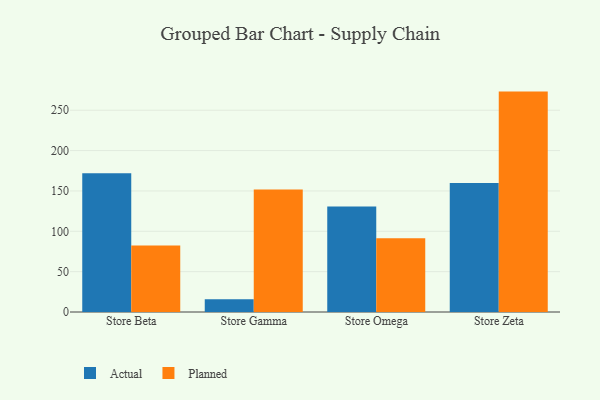
{"axis": {"x": "Store", "y": "Humidity (%)"}, "legend": ["Actual", "Planned"], "data": [{"x": "Store Beta", "y": 171.9, "type": "Actual"}, {"x": "Store Beta", "y": 82.5, "type": "Planned"}, {"x": "Store Gamma", "y": 15.9, "type": "Actual"}, {"x": "Store Gamma", "y": 151.9, "type": "Planned"}, {"x": "Store Omega", "y": 130.7, "type": "Actual"}, {"x": "Store Omega", "y": 91.5, "type": "Planned"}, {"x": "Store Zeta", "y": 159.8, "type": "Actual"}, {"x": "Store Zeta", "y": 273.1, "type": "Planned"}]}